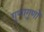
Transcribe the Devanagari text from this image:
गुणागुणों